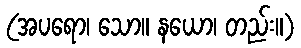
(အပရော၊ သော။ နယော၊ တည်း။)